Riigikantselei, lk 64
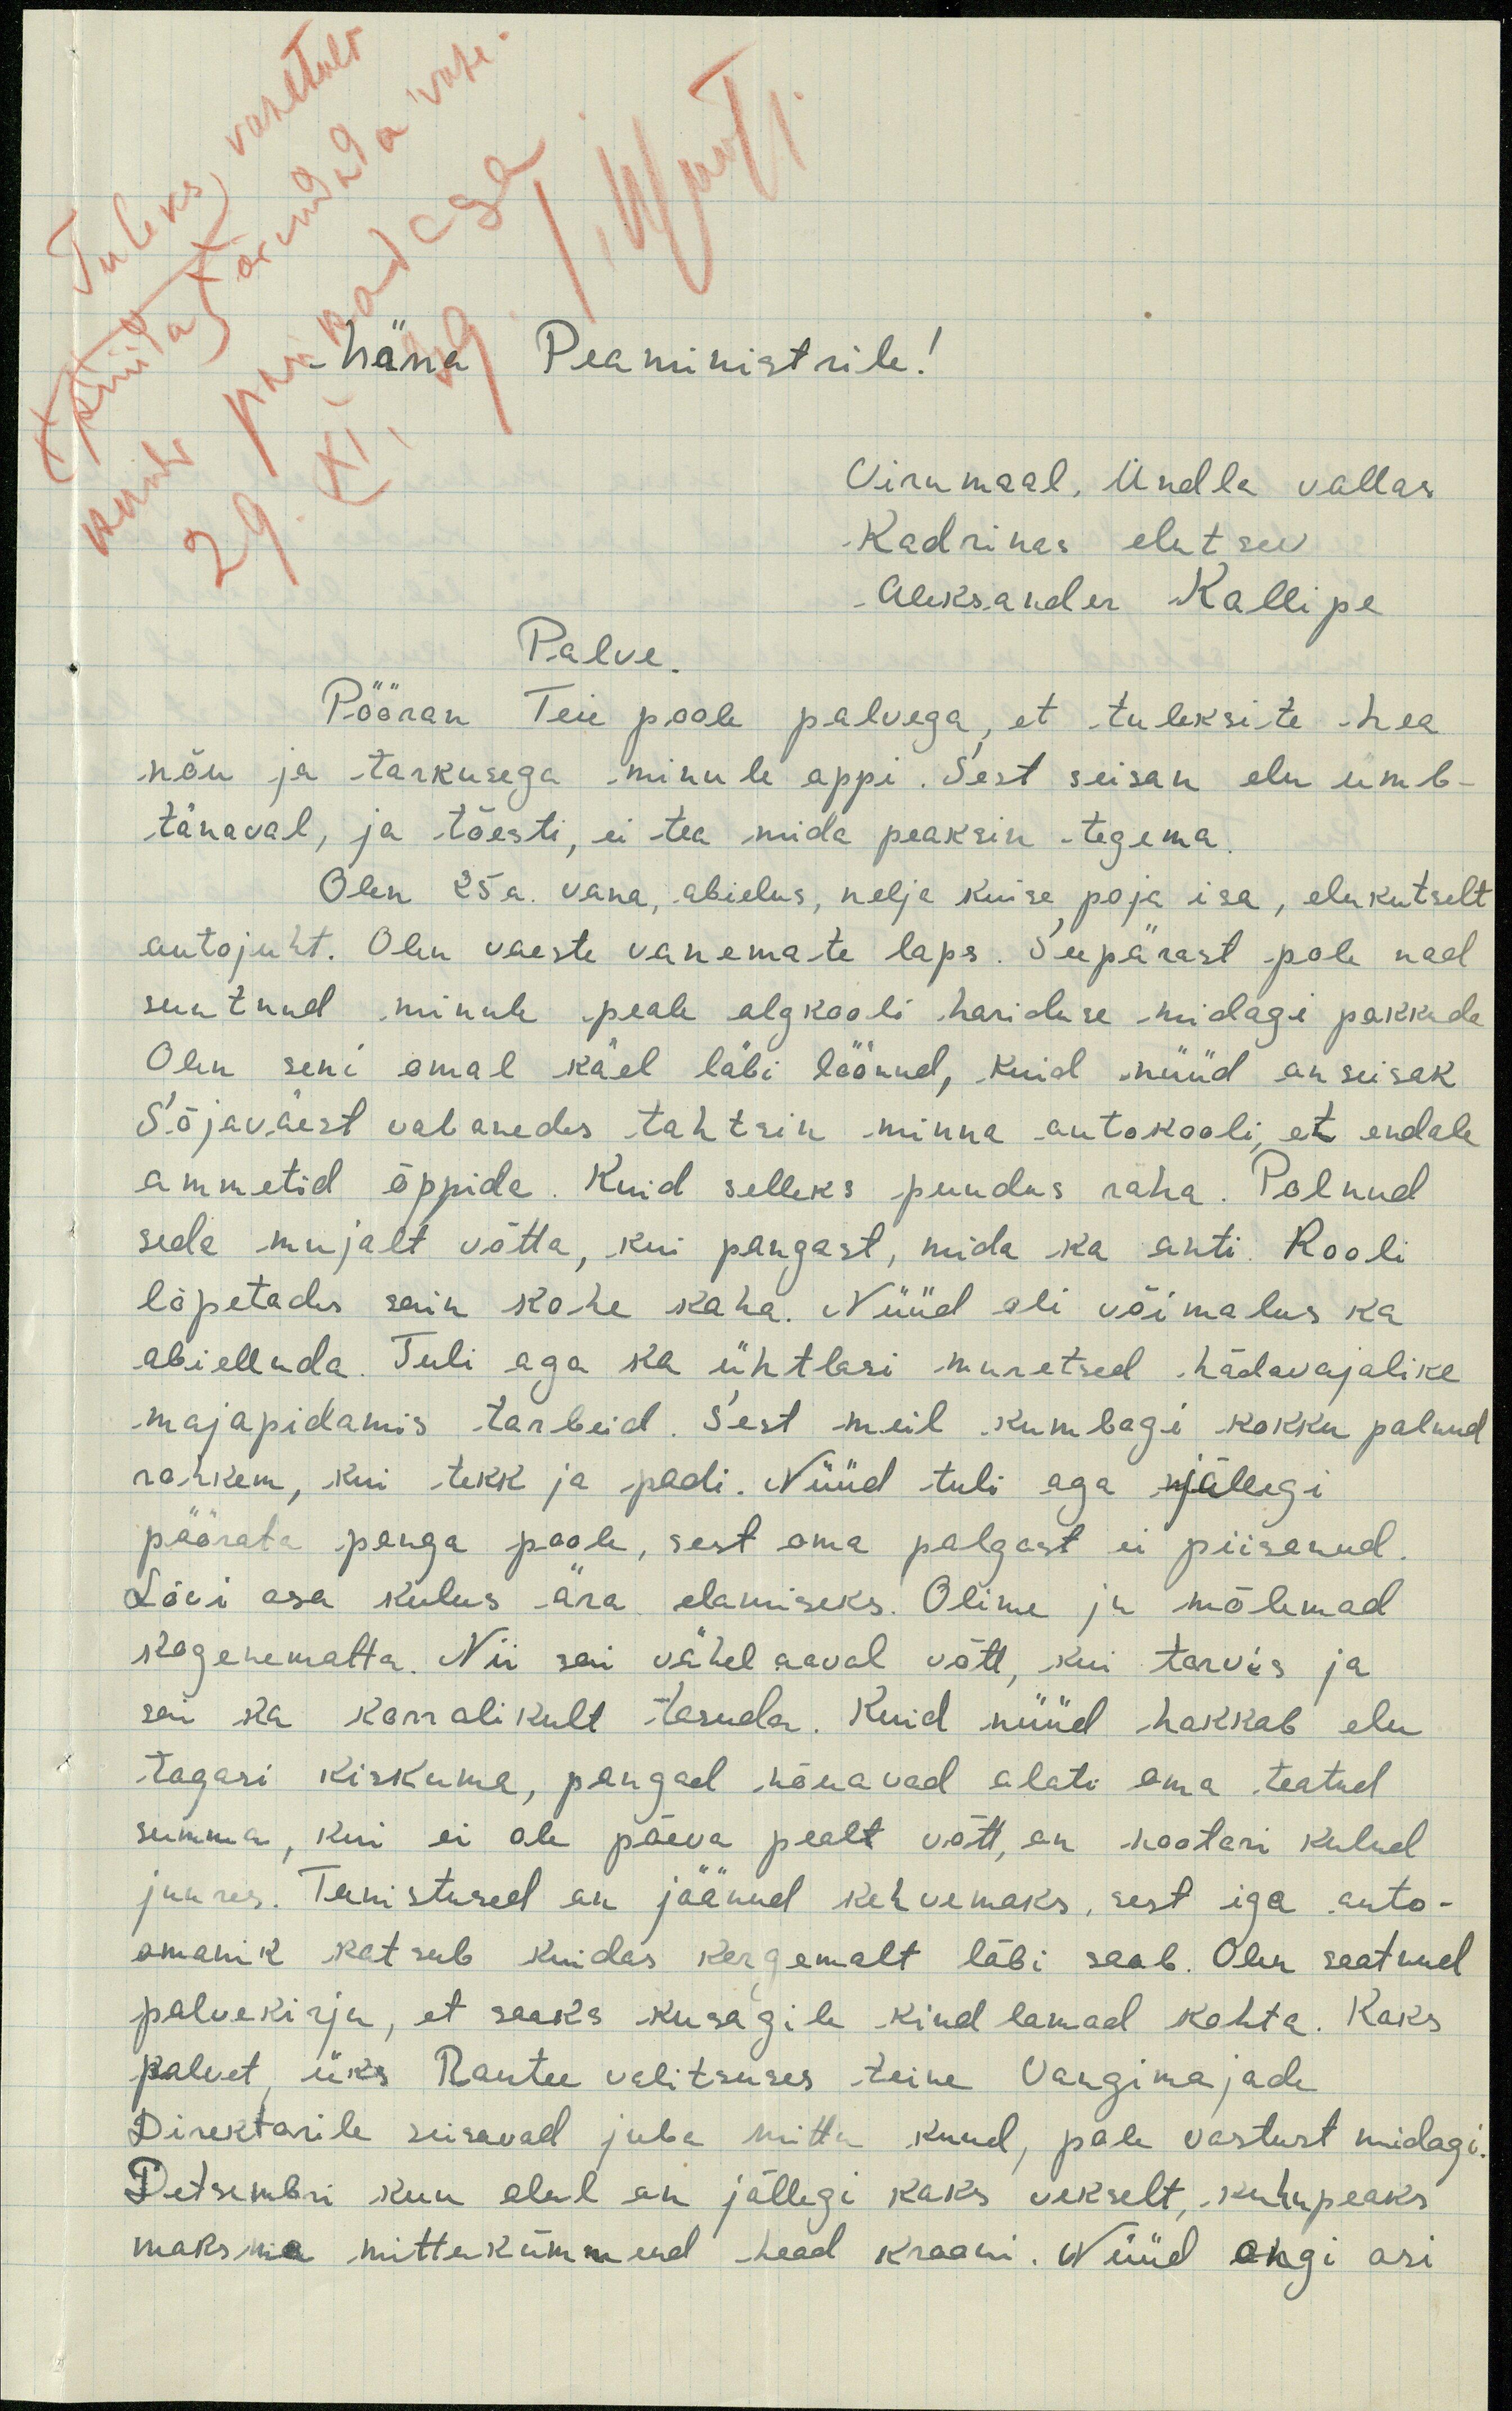
härra Peaministrile!
Virumaal, Undla vallas
Kadrinas elutsev
Aleksander Kallipe
Palve.
Pööran Teie poole palvega, et tuleksite hea
nõu ja tarkusega minule appi. Sest seisan elu umb-
tänaval, ja tõesti, ei tea mida peaksin tegema.
Olen 25a. vana, abielus, nelja kuise poja isa, elukutselt
autojuht. Olen vaeste vanemate laps. Seepärast pole nad
suutnud minule peale algkooli hariduse midagi pakkuda
Olen seni omal käel läbi löönud, kuid nüüd on seisak.
Sõjavaest vabanedes tahtsin minna autokooli, et endale
ammetid õppida. Kuid selleks puudus raha. Polnud
seda mujalt võtta, kui paagast, mida ka anti. Kooli
lõpetades sain kahe koha. Nüüd oli võimalus ka
abielluda. Tuli aga ka ühtlasi muretsed hädavajalike
majapidamis tarbeid. Sest meil kumbagi kokku polnud
rahkem, kui tekk ja padi. Nüüd tuli aga jällegi
pöörata panga poole, sest oma palgast ei piisenud.
Lõvi osa kulus ära elamiseks. Olime ju mõlemad
kogenematta. Nii sai vähel aaval võtt, kui tarvis ja
sai ka korralikult tasuda. Kuid nüüd hakkab elu
tagasi kiskuma, pangad nõuavad alati oma teatud
summa, kui ei ole päeva pealt võtt, on nootari kulud
juures. Teenistused on jäänud kahvemaks, sest iga auto-
omanik katsub kuidas kergemalt läbi saab. Olen saatnud
palvekirju, et saaks kusagile kindlamad kohta. Kaks
palvet, üks Rautee valitsuses teine Vangimajade
Direktorile seisavad juba mittu kuud, pale vastust midagi
Detsembri kuu elul on jällegi kaks vekselt, kuhu peaks
maksma mittukümmend head Krooni. Nüüd ongi asi